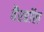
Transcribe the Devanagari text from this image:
वैरहॉल